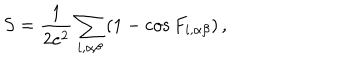
S = \frac { 1 } { 2 e ^ { 2 } } \sum _ { i , \alpha \beta } \left( 1 - \cos F _ { i , \alpha \beta } \right) ,